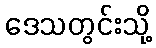
ဒေသတွင်းသို့